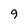
Character: 9